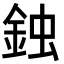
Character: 鉵